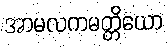
အာမလကမတ္တိယော